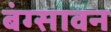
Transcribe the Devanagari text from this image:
बंग्सावन